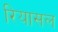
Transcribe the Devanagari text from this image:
रियासल